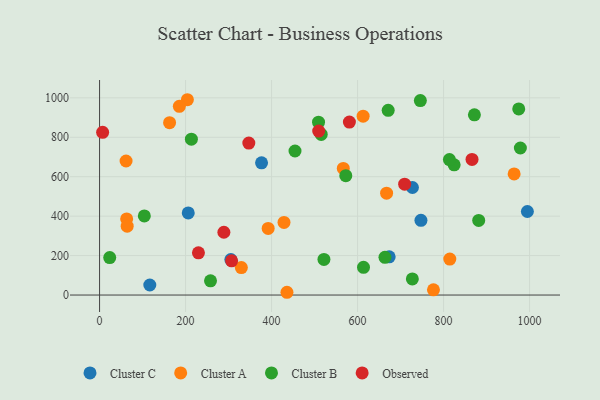
{"axis": {"x": "Investment", "y": "Rating"}, "legend": ["Cluster A", "Cluster B", "Cluster C", "Observed"], "data": [{"x": "727.6", "y": 545.4, "type": "Cluster C"}, {"x": "747.4", "y": 378.9, "type": "Cluster C"}, {"x": "673.5", "y": 193.8, "type": "Cluster C"}, {"x": "206.2", "y": 416.2, "type": "Cluster C"}, {"x": "116.8", "y": 50.9, "type": "Cluster C"}, {"x": "994.9", "y": 423.7, "type": "Cluster C"}, {"x": "376.7", "y": 670.2, "type": "Cluster C"}, {"x": "305.3", "y": 179.8, "type": "Cluster C"}, {"x": "63.0", "y": 386.0, "type": "Cluster A"}, {"x": "435.8", "y": 14.0, "type": "Cluster A"}, {"x": "64.2", "y": 349.3, "type": "Cluster A"}, {"x": "667.5", "y": 516.7, "type": "Cluster A"}, {"x": "204.2", "y": 990.4, "type": "Cluster A"}, {"x": "329.7", "y": 139.0, "type": "Cluster A"}, {"x": "61.6", "y": 679.7, "type": "Cluster A"}, {"x": "185.5", "y": 956.8, "type": "Cluster A"}, {"x": "428.9", "y": 368.4, "type": "Cluster A"}, {"x": "162.8", "y": 873.9, "type": "Cluster A"}, {"x": "964.1", "y": 614.1, "type": "Cluster A"}, {"x": "392.1", "y": 338.0, "type": "Cluster A"}, {"x": "776.5", "y": 26.5, "type": "Cluster A"}, {"x": "612.9", "y": 906.8, "type": "Cluster A"}, {"x": "814.5", "y": 182.6, "type": "Cluster A"}, {"x": "566.8", "y": 641.9, "type": "Cluster A"}, {"x": "663.7", "y": 191.3, "type": "Cluster B"}, {"x": "824.6", "y": 660.3, "type": "Cluster B"}, {"x": "974.8", "y": 943.5, "type": "Cluster B"}, {"x": "746.0", "y": 986.3, "type": "Cluster B"}, {"x": "454.5", "y": 730.3, "type": "Cluster B"}, {"x": "515.5", "y": 814.3, "type": "Cluster B"}, {"x": "572.6", "y": 605.1, "type": "Cluster B"}, {"x": "613.8", "y": 140.6, "type": "Cluster B"}, {"x": "881.7", "y": 378.5, "type": "Cluster B"}, {"x": "871.7", "y": 913.6, "type": "Cluster B"}, {"x": "104.1", "y": 401.4, "type": "Cluster B"}, {"x": "213.5", "y": 790.6, "type": "Cluster B"}, {"x": "509.2", "y": 876.8, "type": "Cluster B"}, {"x": "521.8", "y": 180.8, "type": "Cluster B"}, {"x": "258.0", "y": 72.3, "type": "Cluster B"}, {"x": "23.6", "y": 190.2, "type": "Cluster B"}, {"x": "813.6", "y": 686.8, "type": "Cluster B"}, {"x": "727.4", "y": 81.8, "type": "Cluster B"}, {"x": "978.6", "y": 745.7, "type": "Cluster B"}, {"x": "671.2", "y": 936.6, "type": "Cluster B"}, {"x": "7.1", "y": 825.0, "type": "Observed"}, {"x": "866.2", "y": 687.7, "type": "Observed"}, {"x": "289.1", "y": 318.4, "type": "Observed"}, {"x": "509.6", "y": 831.3, "type": "Observed"}, {"x": "229.9", "y": 214.3, "type": "Observed"}, {"x": "347.1", "y": 770.8, "type": "Observed"}, {"x": "709.5", "y": 562.3, "type": "Observed"}, {"x": "307.1", "y": 173.6, "type": "Observed"}, {"x": "581.0", "y": 877.3, "type": "Observed"}]}